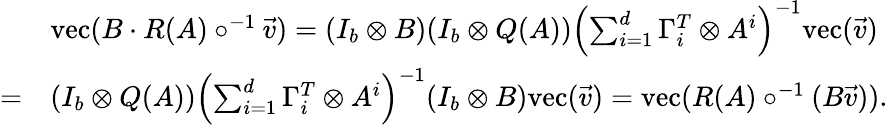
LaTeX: \begin{array}{rl}&{\mathrm{vec}(B\cdot R(A)\circ^{-1}\vec{v})=(I_{b}\otimes B)(I_{b}\otimes Q(A))\left(\sum_{i=1}^{d}\Gamma_{i}^{T}\otimes A^{i}\right)^{-1}\mathrm{vec}(\vec{v})}\\ {=}&{(I_{b}\otimes Q(A))\left(\sum_{i=1}^{d}\Gamma_{i}^{T}\otimes A^{i}\right)^{-1}(I_{b}\otimes B)\mathrm{vec}(\vec{v})=\mathrm{vec}(R(A)\circ^{-1}(B\vec{v})).}\end{array}